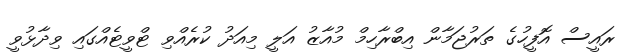
ރައީސް އޮފީހުގެ ތަރުޖަމާން އިބްރާހިމް މުއާޒު އަލީ މިއަދު ކުރެއްވި ޓްވީޓެއްގައި ވިދާޅުވީ